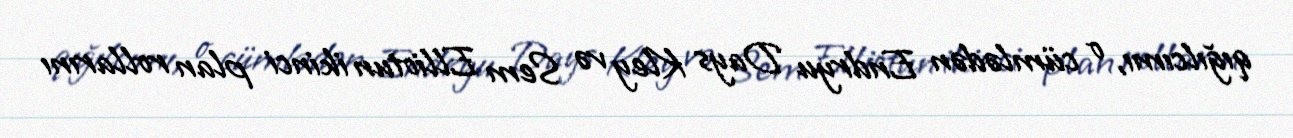
qığılcımı, o cümlədən Endryu Days Kley və Sem Elliotun ikinci plan rollarını